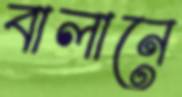
বালানে